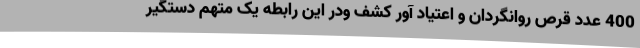
400 عدد قرص روانگردان و اعتیاد آور کشف ودر این رابطه یک متهم دستگیر